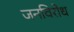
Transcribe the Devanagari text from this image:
जनविरोध